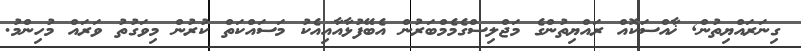
ގިނަރައްޔިތުން